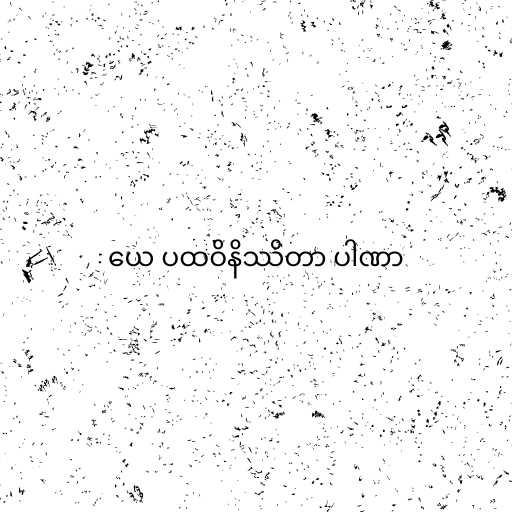
ယေ ပထဝိနိဿိတာ ပါဏာ